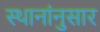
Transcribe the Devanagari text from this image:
स्थानांनुसार